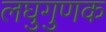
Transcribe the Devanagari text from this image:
लघुगुणक